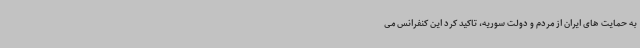
به حمایت های ایران از مردم و دولت سوریه، تاکید کرد این کنفرانس می